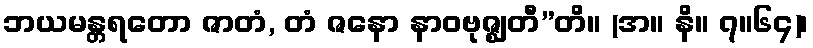
ဘယမန္တရတော ဇာတံ, တံ ဇနော နာဝဗုဇ္ဈတီ”တိ။ (အ။ နိ။ ၇။၆၄)၊